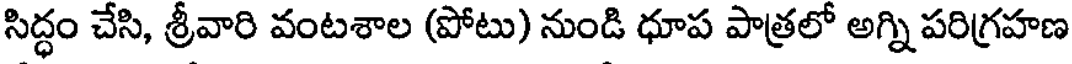
సిద్ధం చేసి, శ్రీవారి వంటశాల (పోటు) నుండి ధూప పాత్రలో అగ్ని పరిగ్రహణ